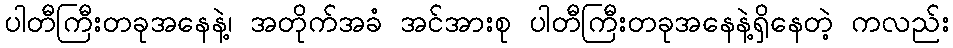
ပါတီကြီးတခုအနေနဲ့၊ အတိုက်အခံ အင်အားစု ပါတီကြီးတခုအနေနဲ့ရှိနေတဲ့ ကလည်း